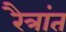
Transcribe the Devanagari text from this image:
रैत्रांत